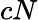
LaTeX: cN